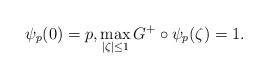
LaTeX: \begin{align*}\psi_p(0)=p,\max_{|\zeta|\leq 1}G^+\circ \psi_p(\zeta)=1.\end{align*}